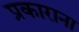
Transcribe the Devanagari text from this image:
प्रकाराना